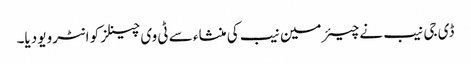
ڈی جی نیب نے چیئرمین نیب کی منشاء سے ٹی وی چینلز کو انٹرویو دیا۔